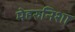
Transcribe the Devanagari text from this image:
मेहरुनिशा